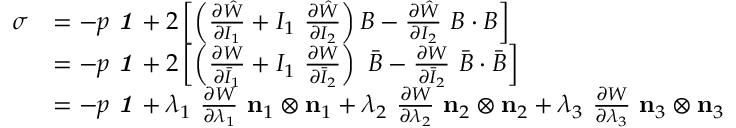
{ \begin{array} { r l } { { \boldsymbol { \sigma } } } & { = - p ~ { \boldsymbol { \mathit { 1 } } } + 2 \left[ \left( { \frac { \partial { \hat { W } } } { \partial I _ { 1 } } } + I _ { 1 } ~ { \frac { \partial { \hat { W } } } { \partial I _ { 2 } } } \right) { \boldsymbol { B } } - { \frac { \partial { \hat { W } } } { \partial I _ { 2 } } } ~ { \boldsymbol { B } } \cdot { \boldsymbol { B } } \right] } \\ & { = - p ~ { \boldsymbol { \mathit { 1 } } } + 2 \left[ \left( { \frac { \partial W } { \partial { \bar { I } } _ { 1 } } } + I _ { 1 } ~ { \frac { \partial W } { \partial { \bar { I } } _ { 2 } } } \right) ~ { \bar { \boldsymbol { B } } } - { \frac { \partial W } { \partial { \bar { I } } _ { 2 } } } ~ { \bar { \boldsymbol { B } } } \cdot { \bar { \boldsymbol { B } } } \right] } \\ & { = - p ~ { \boldsymbol { \mathit { 1 } } } + \lambda _ { 1 } ~ { \frac { \partial W } { \partial \lambda _ { 1 } } } ~ \mathbf { n } _ { 1 } \otimes \mathbf { n } _ { 1 } + \lambda _ { 2 } ~ { \frac { \partial W } { \partial \lambda _ { 2 } } } ~ \mathbf { n } _ { 2 } \otimes \mathbf { n } _ { 2 } + \lambda _ { 3 } ~ { \frac { \partial W } { \partial \lambda _ { 3 } } } ~ \mathbf { n } _ { 3 } \otimes \mathbf { n } _ { 3 } } \end{array} }